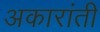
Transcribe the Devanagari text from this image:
अकारांती